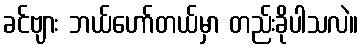
ခင်ဗျား ဘယ်ဟော်တယ်မှာ တည်းခိုပါသလဲ။